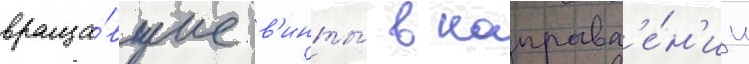
враща́вшие в'инты́ в направл'е́н'ии